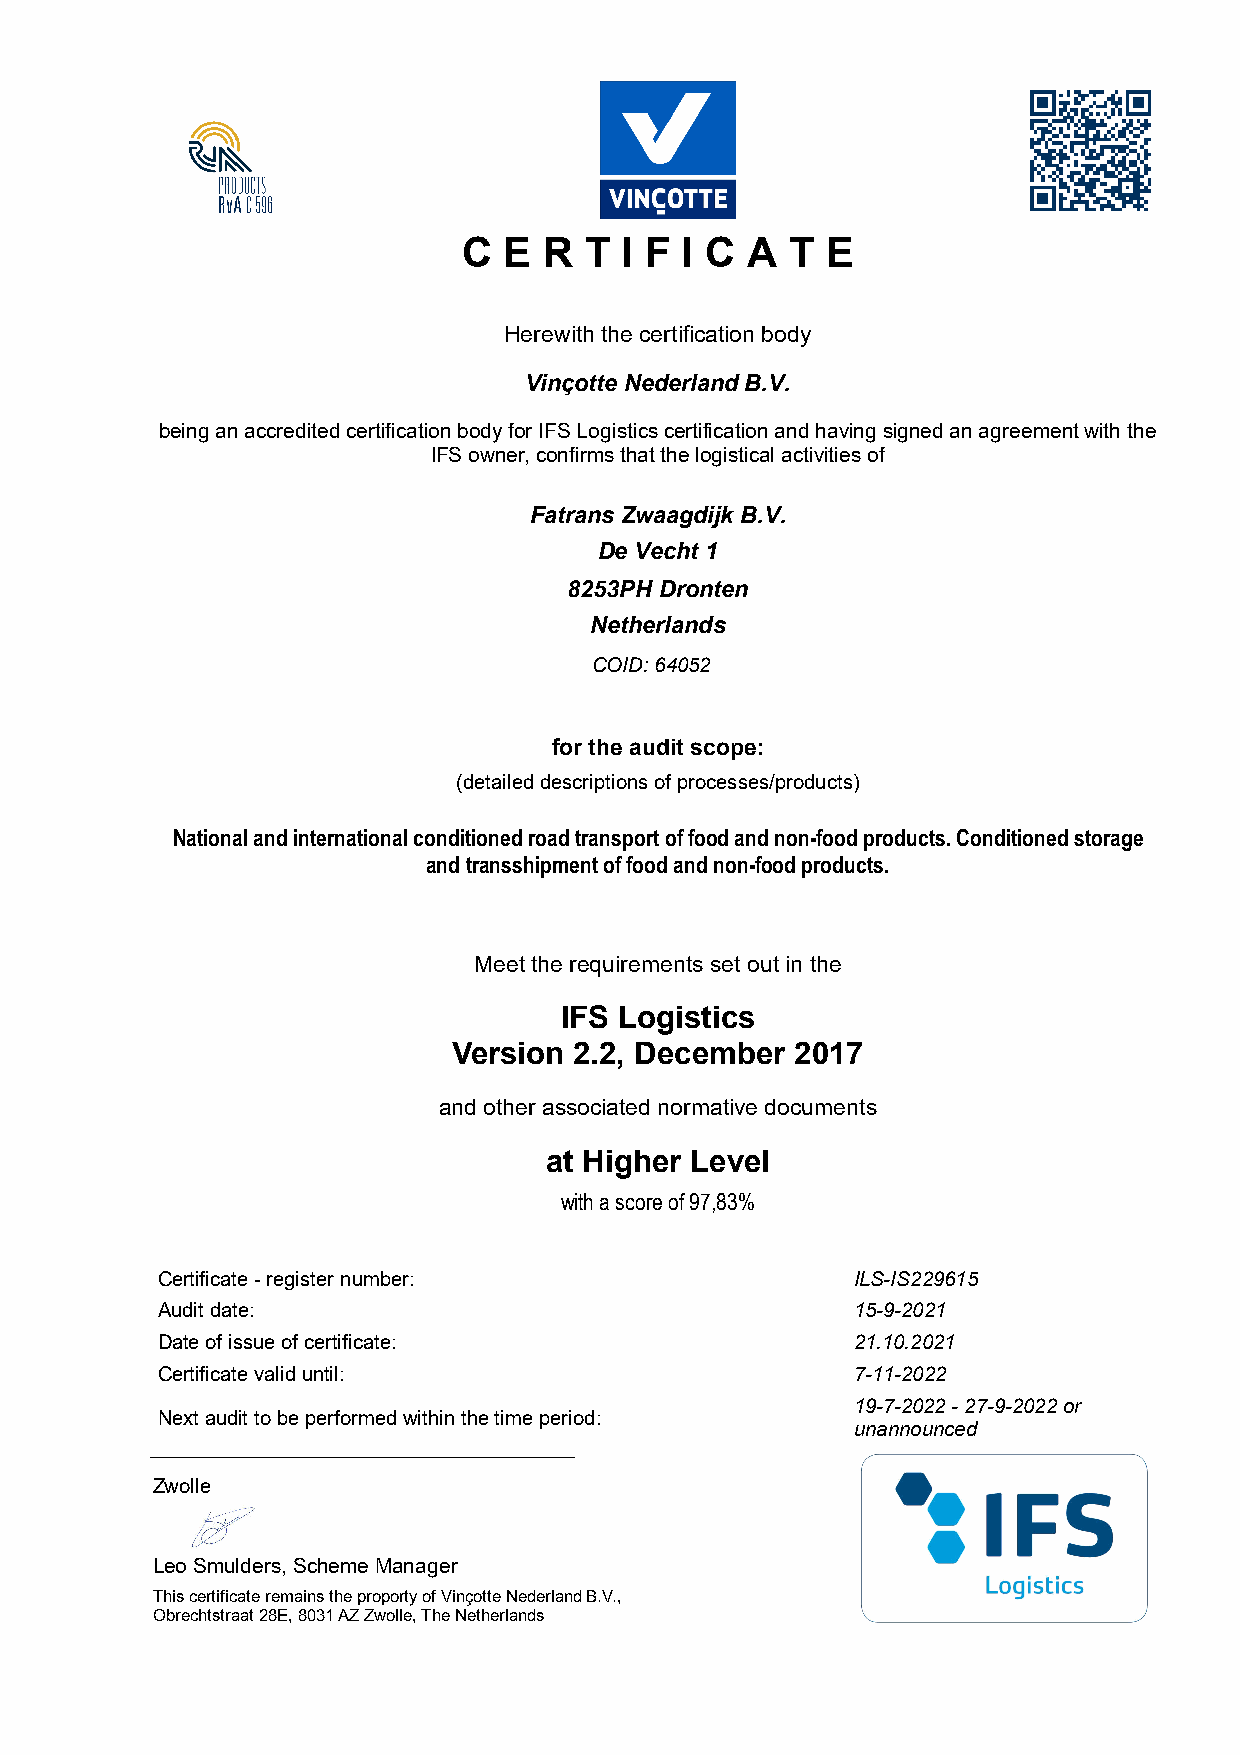
C E  R  T I F I C A  T  E
 Herewith the certification body
 Vinçotte Nederland B.V.
 being an accredited certification body for IFS Logistics certification and having signed an agreement with the
 IFS owner, confirms that the logistical activities of
 Fatrans Zwaagdijk B.V.
 De Vecht 1
 8253PH Dronten
 Netherlands
 COID:64052
 for the audit scope:
 (detailed descriptions of processes/products)
 National and international conditioned road transport of food and non-food products. Conditioned storage
 and transshipment of food and non-food products.
 Meet the requirements set out in the
 IFS Logistics
 Version 2.2, December  2017
 and other associated normative documents
 at Higher Level
 with a score of 97,83%
 Certificate - register number:                 ILS-IS229615
 Audit date:                                    15-9-2021
 Date of issue of certificate:                  21.10.2021
 Certificate valid until:                       7-11-2022
 19-7-2022 - 27-9-2022 or
 Next audit to be performed within the time period:
 unannounced
 Zwolle
 Leo Smulders, Scheme Manager
 This certificate remains the proporty of Vinçotte Nederland B.V.,
 Obrechtstraat 28E, 8031 AZ Zwolle, The Netherlands